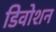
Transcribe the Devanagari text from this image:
डिवोशन